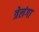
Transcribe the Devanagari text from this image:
त्रेलंगा